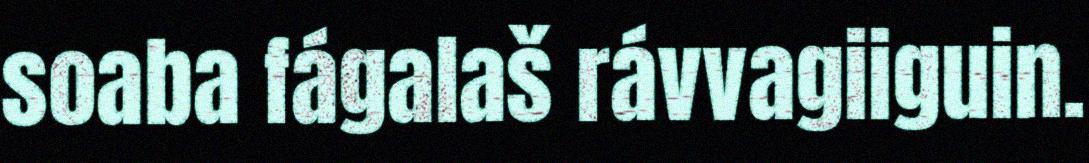
soaba fágalaš rávvagiiguin.